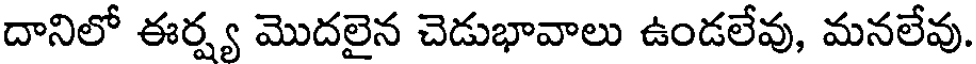
దానిలో ఈర్ష్య మొదలైన చెడుభావాలు ఉండలేవు, మనలేవు.